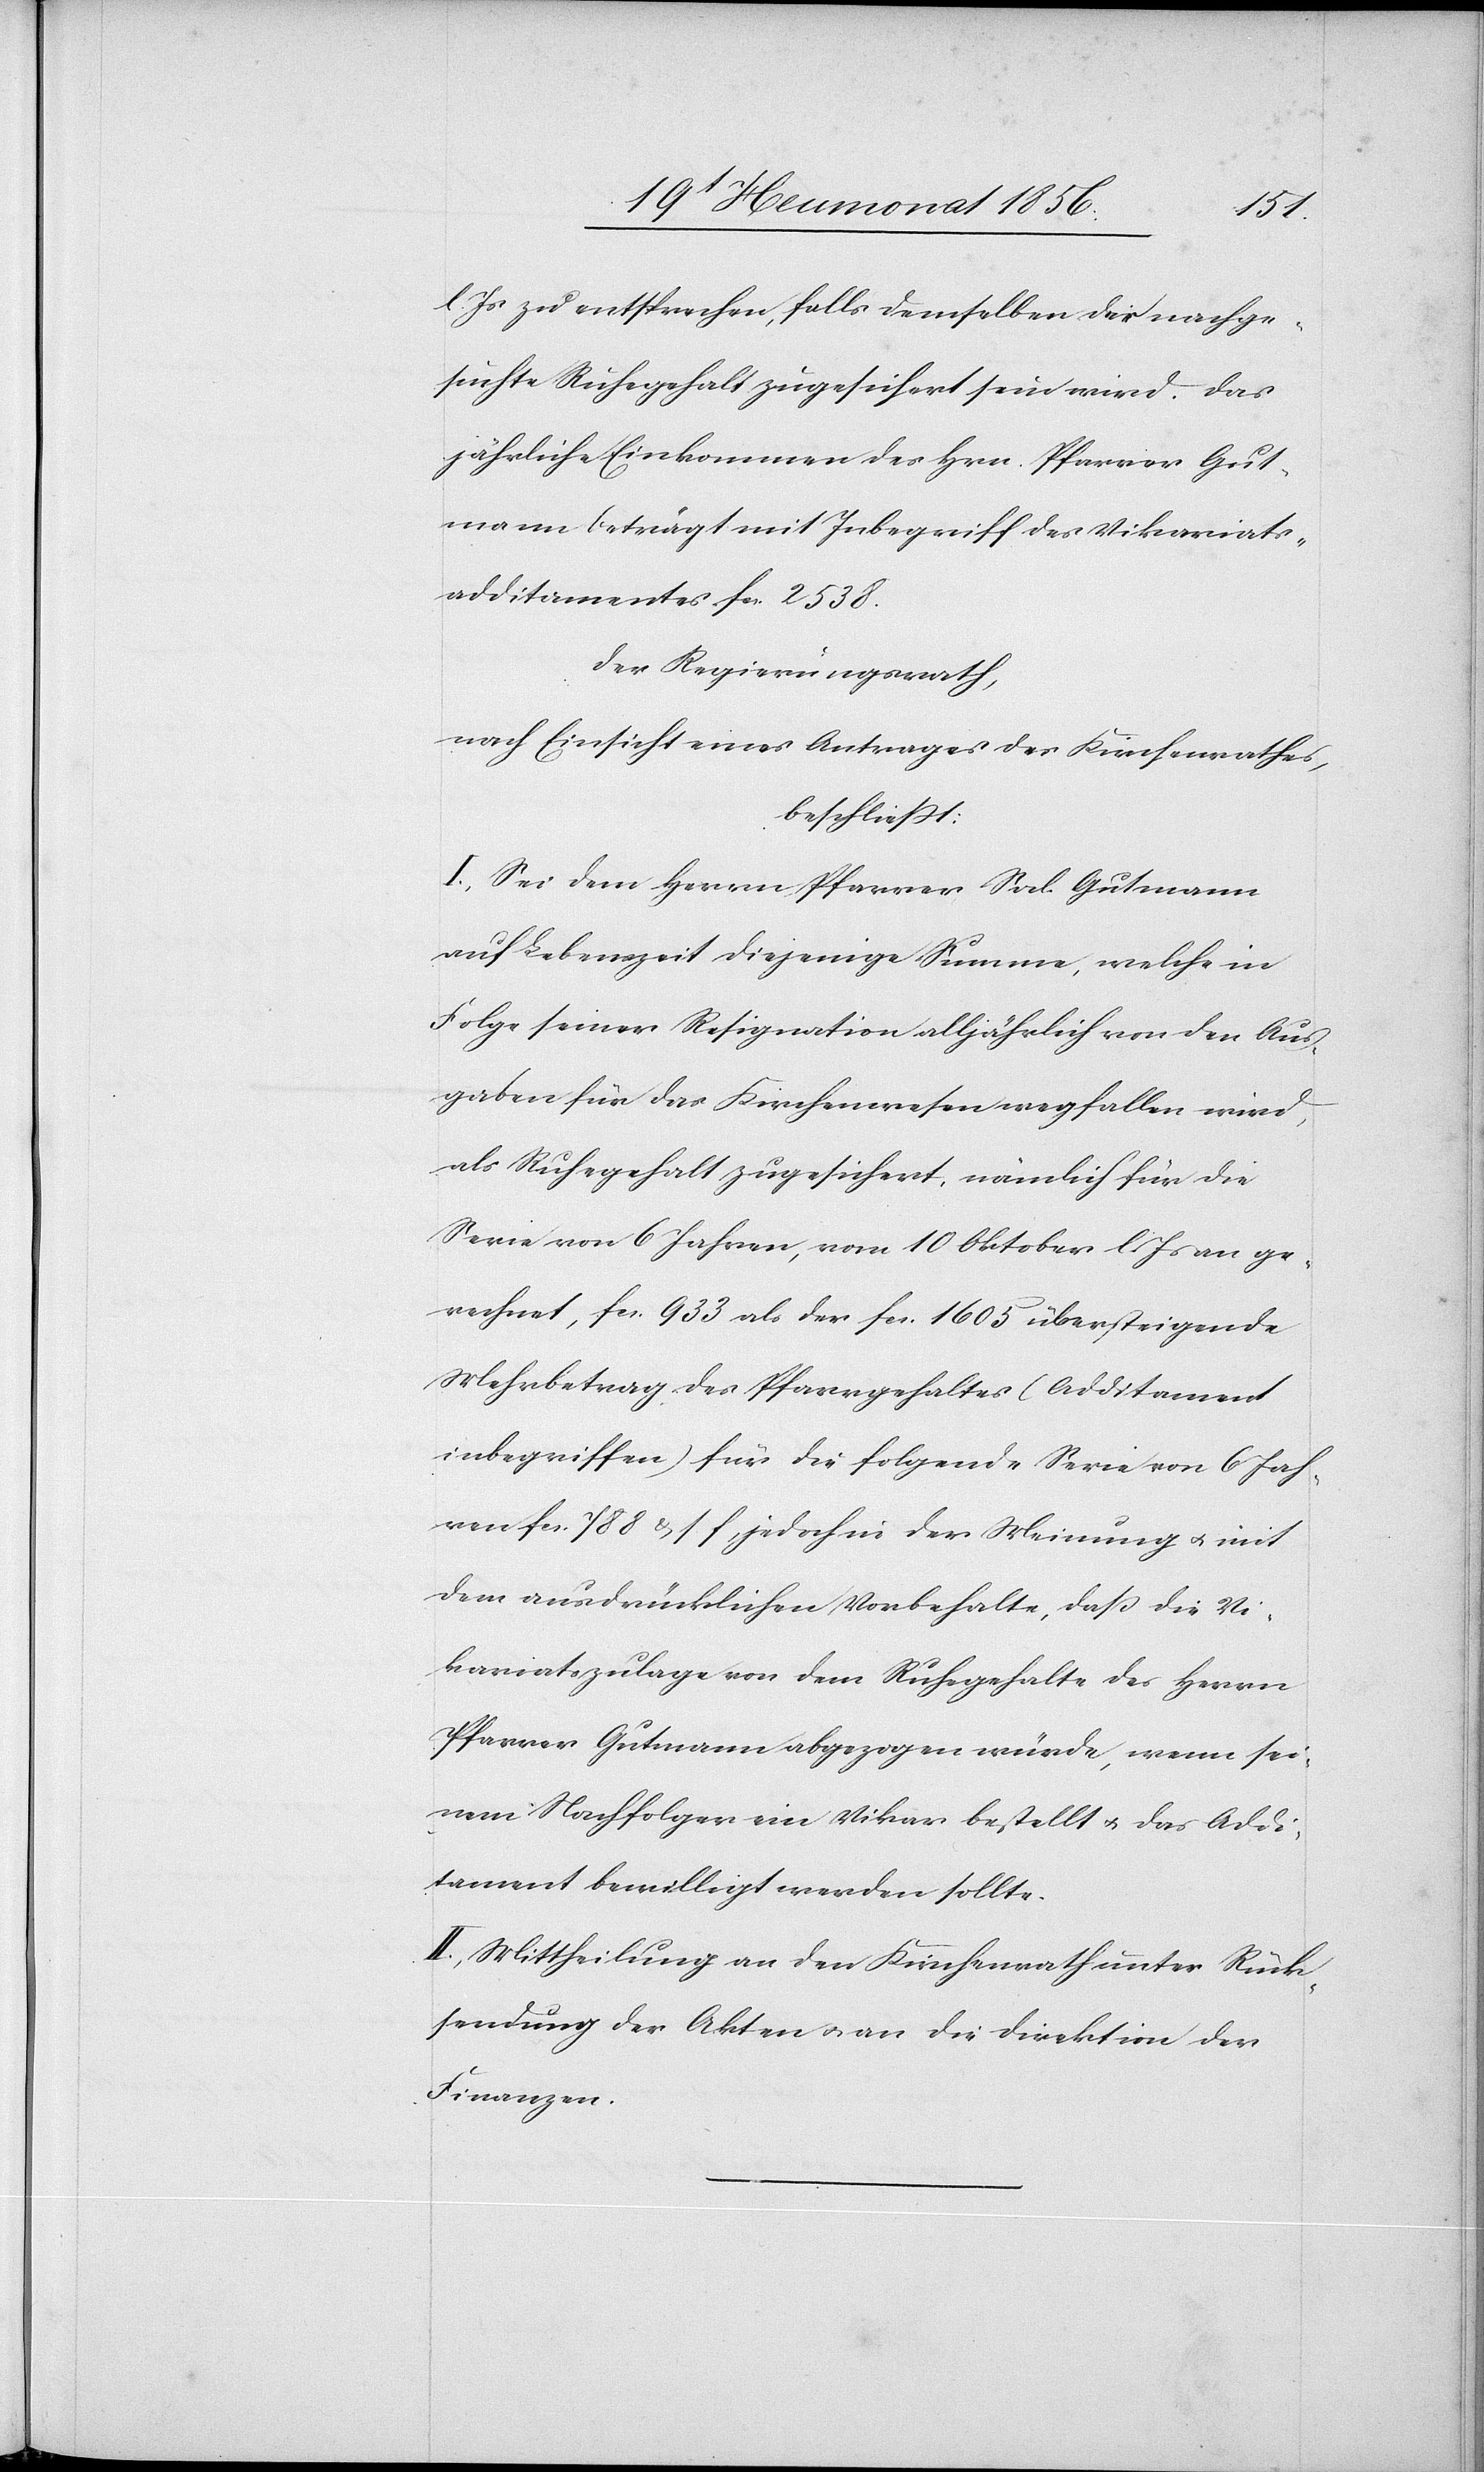
l. Js zu entsprechen, falls demselben der nachge¬
suchte Ruhegehalt zugesichert sein wird. Das
jährliche Einkommen des Hrn. Pfarrer Gut¬
mann beträgt mit Inbegriff des Vikariats¬
additamentes fcs. 2538.
Der Regierungsrath,
nach Einsicht eines Antrages des Kirchenrathes,
beschliesst:
I.) Sei dem Herrn Pfarrer Sod. Gutmann
auf Lebenszeit diejenige Summe, welche in
Folge seiner Resignation alljährlich von den Aus¬
gaben für das Kirchenwesen wegfallen wird,
als Ruhegehalt zugesichert, nämlich für die
Serie von 6 Jahren, vom 10 Oktober l. Js an ge¬
rechnet, fcs. 933 als der fcs. 1605 übersteigende
Mehrbetrag des Pfarrgehaltes (Additament
inbegriffen) für die folgende Serie von 6 Jah¬
ren fcs. 788 u. s f, jedoch in der Meinung u. mit
dem ausdrücklichen Vorbehalte, dass die Vi¬
kariatszulage von dem Ruhegehalte des Herrn
Pfarrer Gutmann abgezogen würde, wenn sei¬
nem Nachfolger ein Vikar bestellt u. das Addi¬
tament bewilligt werden sollte.
II.) Mittheilung an den Kirchenrath unter Rück¬
sendung der Akten u. an die Direktion der
Finanzen.